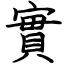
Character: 實